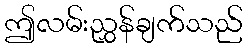
ဤလမ်းညွှန်ချက်သည်